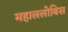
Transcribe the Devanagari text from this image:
महाललोबिस